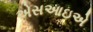
એસઆઇએ